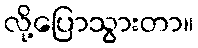
လို့ပြောသွားတာ။